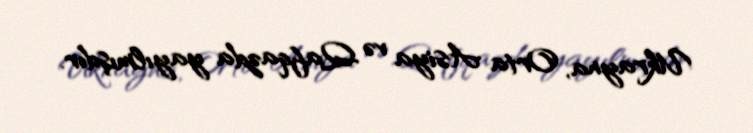
Ukrayna, Orta Asiya və Qafqazda yayılmışdır.